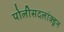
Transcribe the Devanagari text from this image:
पोलीसदलांक्डून